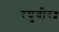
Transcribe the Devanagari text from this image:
रघुबीर॥